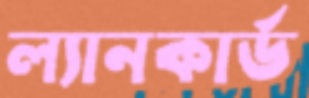
ল্যানকার্ড